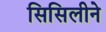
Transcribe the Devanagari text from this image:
सिसिलीने